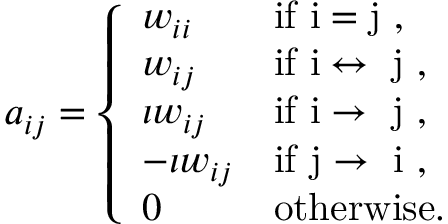
a _ { i j } = \left\{ \begin{array} { l l } { w _ { i i } } & { \mathrm { i f ~ i = j ~ } , } \\ { w _ { i j } } & { \mathrm { i f ~ i \leftrightarrow ~ j ~ } , } \\ { \iota w _ { i j } } & { \mathrm { i f ~ i \rightarrow ~ j ~ } , } \\ { - \iota w _ { i j } } & { \mathrm { i f ~ j \rightarrow ~ i ~ } , } \\ { 0 } & { \mathrm { o t h e r w i s e } . } \end{array} \right.